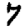
Digit: 7